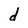
Character: d